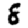
Digit: 8